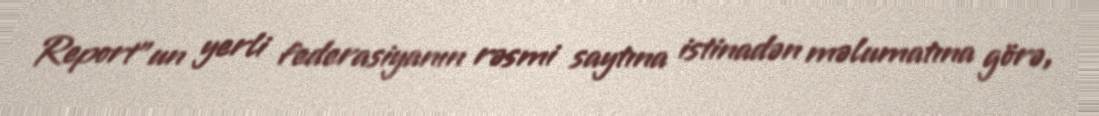
Report"un yerli federasiyanın rəsmi saytına istinadən məlumatına görə,